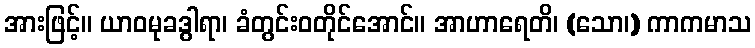
အားဖြင့်။ ယာဝမုခဒွါရာ၊ ခံတွင်းဝတိုင်အောင်။ အာဟာရေတိ၊ (သော၊) ကာကမာသ